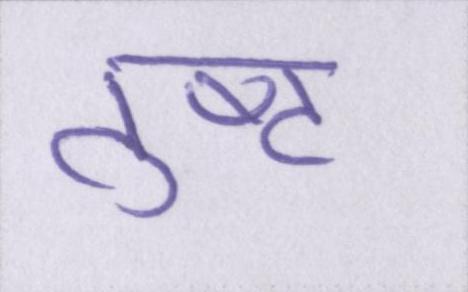
तुष्ट